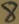
Text: 8